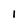
Character: I